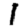
Digit: 1